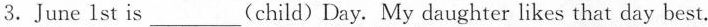
3.June 1st is___(child)Day. My daughter likes that day best.